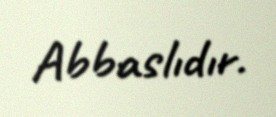
Abbaslıdır.